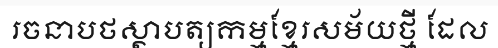
រចនាបថស្ថាបត្យកម្មខ្មែរសម័យថ្មី ដែល